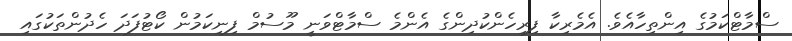
ސްމާޓްކަމުގެ އިންތިހާއެވެ. އެމެރިކާ ފިރިހެންކުދިންގެ އެންމެ ސްމާޓްވަނީ މޫސުމް ފިނިކަމުން ކޯޓުފަދަ ހެދުންތަކުގައި